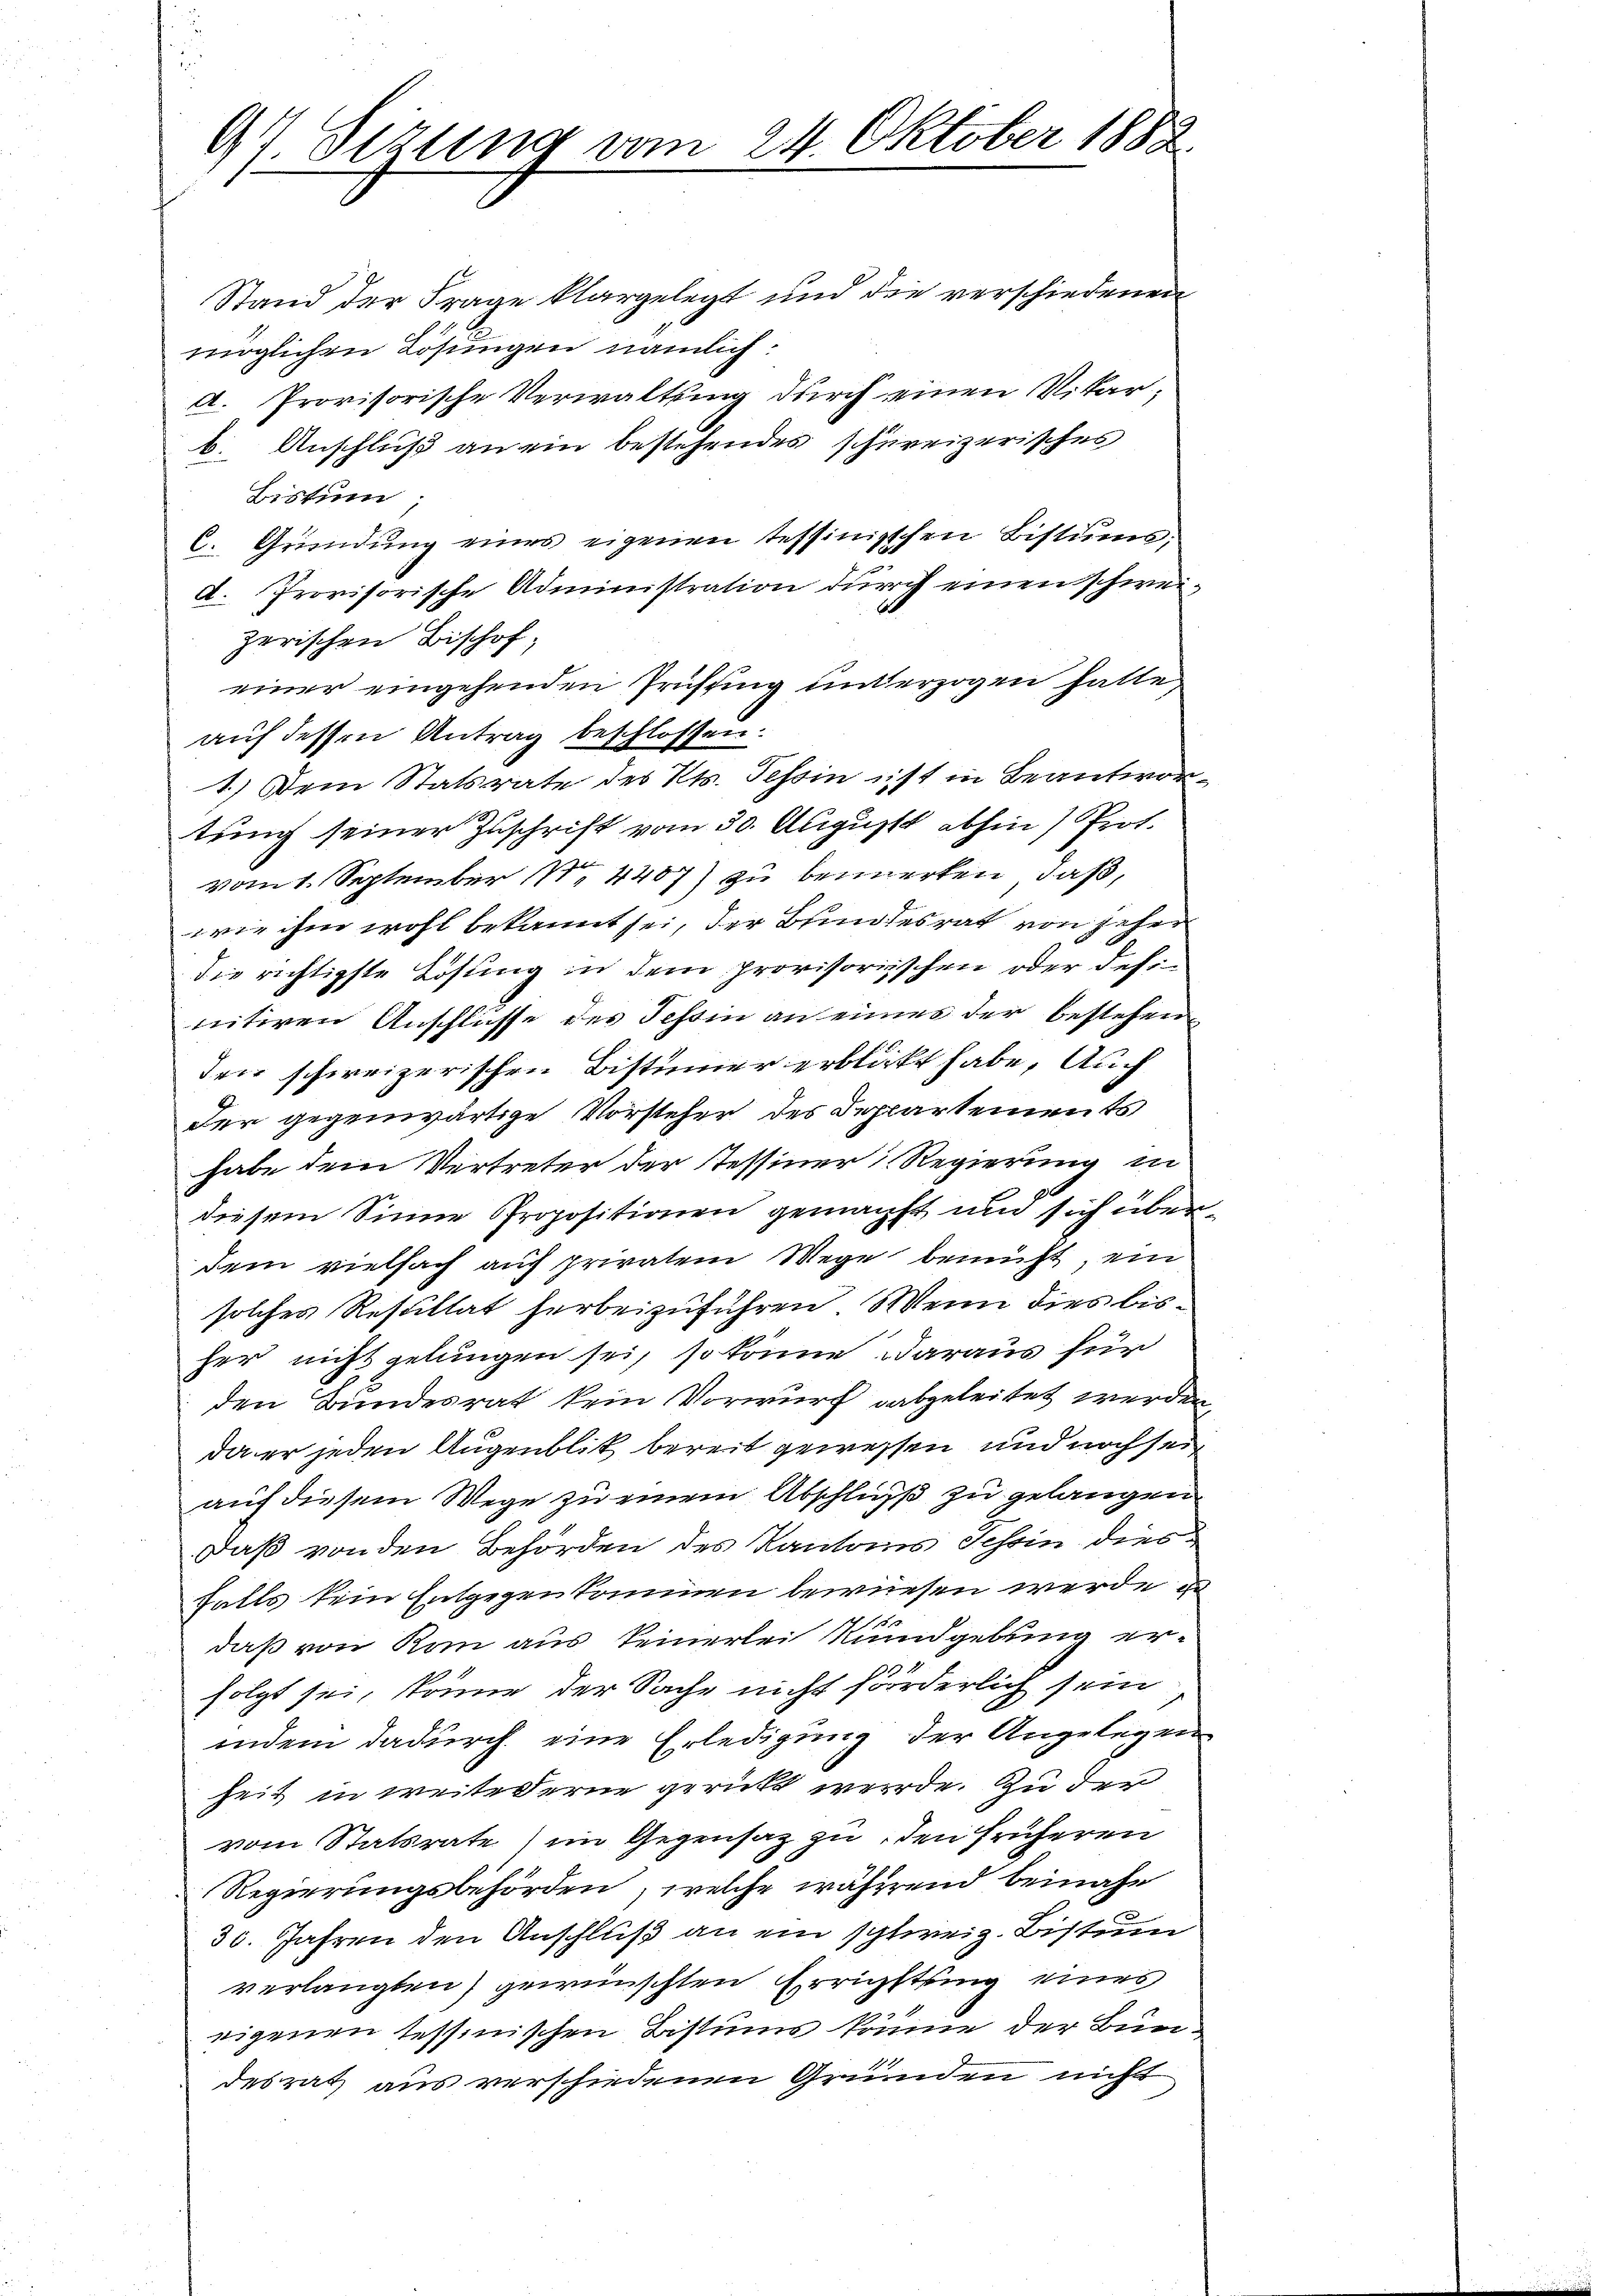
97 Sizung vom 24. Oktober 1888.

Stand der Frage klargelegt und die verschiedenen
möglichen Lösungen nämlich:
d. Provisorische Verwaltung durch einen Vikar,
b. Anschluß an ein bestehendes schureizerisches
Bistum
C. Gründŭng eines eigenen tessinischen Bistums,
d. Provisorische Administration durch einen schweizerischen Bischofeiner eingehenden Prüssing unterzogen hatte
auf dessen Antrag beschlossen.
1.) Dem Statsrate des Kts. Tessin ist in Beantwortung seiner Zuschrift vom 30. August abhin) Prot.
vom 1. September 1. 4407) zu bemerken, daß,
wie ihm wohl bekannt sei, der Bundesrat von jeher
die richtigste Lösung in dem provisorischen oder definitiren Anschlüsse des Tessin an eines der bestehender schweizerischen Bistümmer erblickt habe. Auch
der gegenwärtige Vorsteher des Departements
habe dem Vertreter der Tessiner Regierung in
diesem Sinne Propositionen gemacht und sich überdem vielfach auch privatem Wege bemüht, ein
solches Resultat herbeizuführen. Wenn dies bisher nicht gelungen sei, so könne daraus für
den Bundesrat kein Vorwurf abgeleitet werden,
da er jeden Augenblick bereit gewessen und noch sei
auf diesem Wege zu einem Abschluß zu gelangen
Daß von den Behörden des Kantons Schein dies
falls kein Entgegenkommen bewiesen werde u
daß von Rom aus keinerlei Rundgebung erfolgt sei, könne der Sache nicht förderlich sein
indem dadurch eine Erledigung der Angelegen
heit in weite erne gerückt werde. Zu der
vom Statsrate) im Gegensatz zu den früheren
Regierungsbehörden, welche während beinahe
i
30. Jahren den Anschluß an ein schweiz. Bistum
verlangten gewünschten Errichtung eines
eigenen tessinischen Bistums könne der Bundesrath aus verschiedenen Gründen nicht